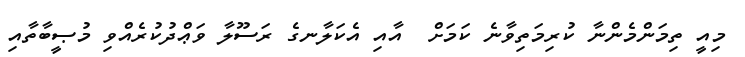
މިއީ ތިމަންމެންނާ ކުރިމަތިވާނެ ކަމަށް  އާއި އެކަލާނގެ ރަސޫލާ ވަޢްދުކުރެއްވި މުޞީބާތާއި